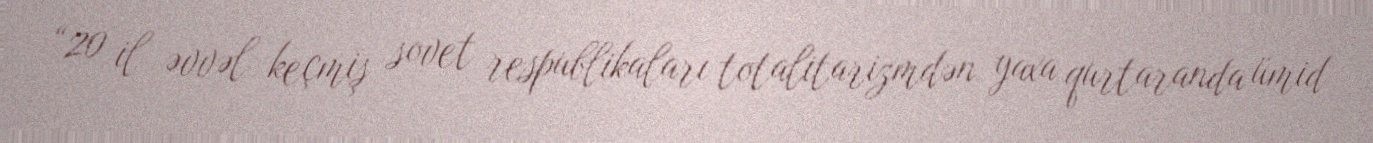
“20 il əvvəl keçmiş sovet respublikaları totalitarizmdən yaxa qurtaranda ümid